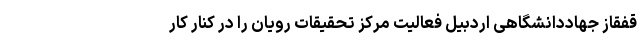
قفقاز جهاددانشگاهی اردبیل فعالیت مرکز تحقیقات رویان را در کنار کار